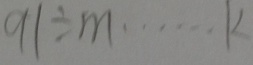
9 1 \div m \cdots k